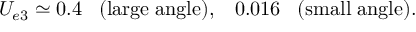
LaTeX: U _ { e 3 } \simeq 0 . 4 \; \; \; ( \mathrm { l a r g e \; a n g l e } ) , \; \; \; 0 . 0 1 6 \; \; \; ( \mathrm { s m a l l \; a n g l e } ) .